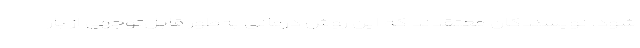
شود. نویسندگان معتقدند که این روش درمانی به‌طور قابل‌توجهی از بار